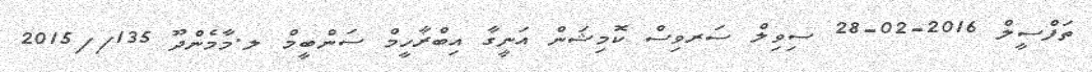
ތަފްސީލް 2016-02-28 ސިވިލް ސަރވިސް ކޮމިޝަން އަނީގާ އިބްރާހީމް ސަންބީމް ލ.މާމެންދޫ 135//2015